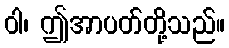
ဝါ၊ ဤအာပတ်တို့သည်။